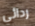
ردائي